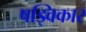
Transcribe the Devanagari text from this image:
षड्विकार